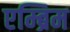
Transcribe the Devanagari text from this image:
एम्ब्रिम